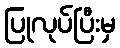
ပြုလုပ်ပြီးမှ